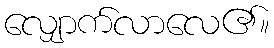
လျှောက်လာလေ၏။